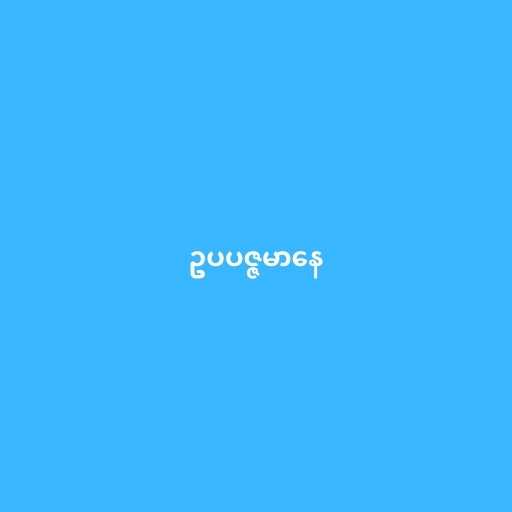
ဥပပဇ္ဇမာနေ